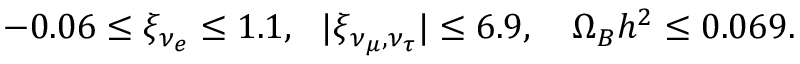
- 0 . 0 6 \leq \xi _ { \nu _ { e } } \leq 1 . 1 , ~ ~ | \xi _ { { \nu _ { \mu } } , { \nu _ { \tau } } } | \leq 6 . 9 , ~ ~ ~ \Omega _ { B } h ^ { 2 } \leq 0 . 0 6 9 .